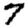
Digit: 7